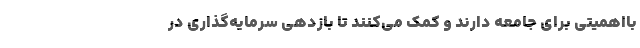
بااهمیتی برای جامعه دارند و کمک می‌کنند تا بازدهی‌‌ سرمایه‌گذاری در